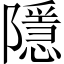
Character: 隱